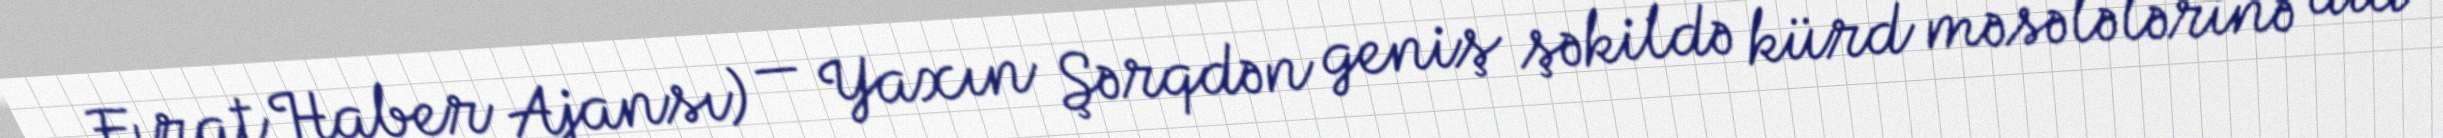
Fırat Haber Ajansı) — Yaxın Şərqdən geniş şəkildə kürd məsələlərinə aid